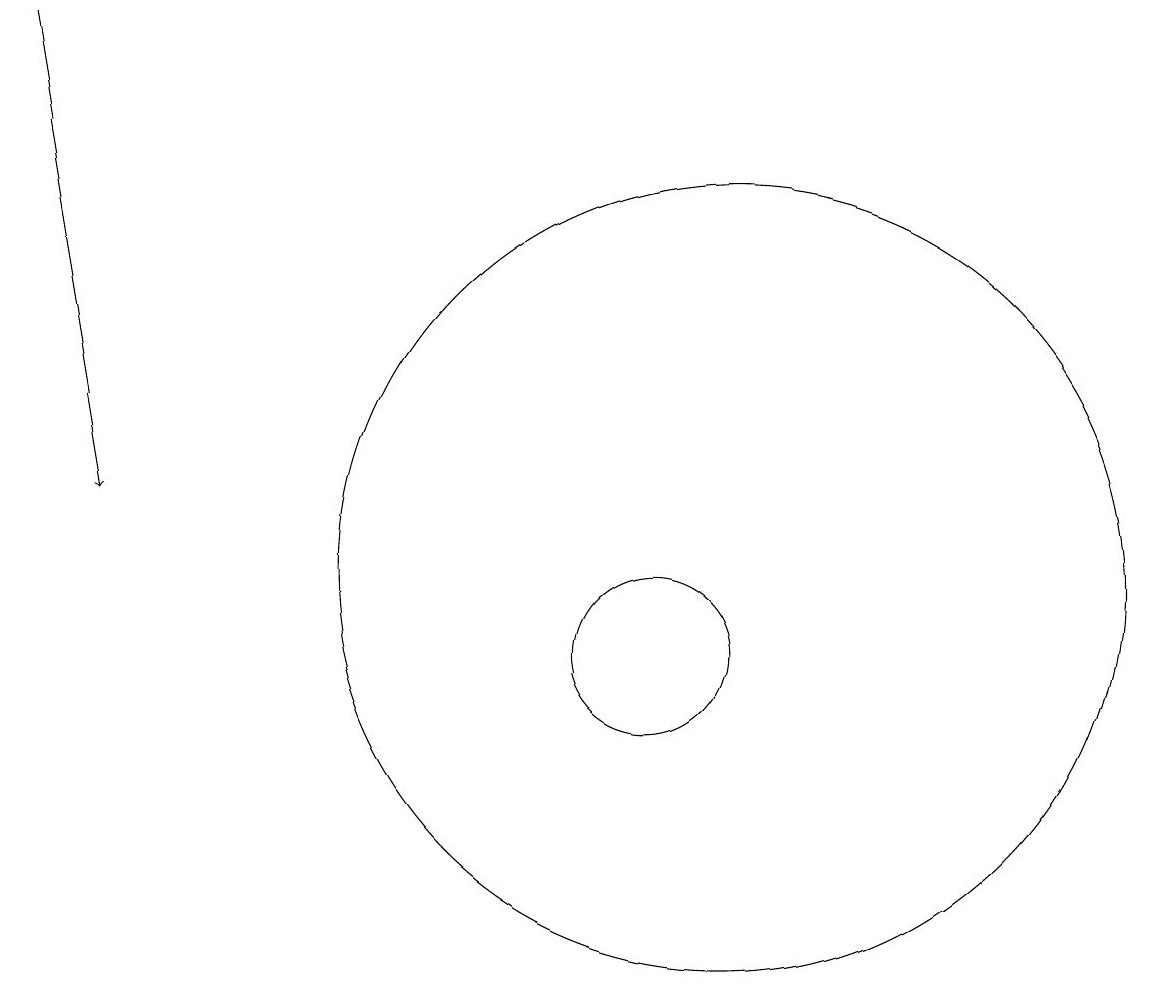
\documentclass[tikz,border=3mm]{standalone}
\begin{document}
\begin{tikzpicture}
\draw[->] (3,19) -- (4,13);
\draw (11,11) circle (1);
\draw (12,12) circle (5);
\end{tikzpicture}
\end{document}